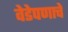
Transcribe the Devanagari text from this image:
वेडेपणाचे